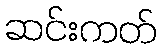
ဆင်းကတ်